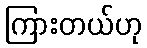
ကြားတယ်ဟု